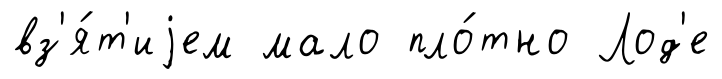
вз'я́т'иjем мало пло́тно Лод'е